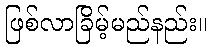
ဖြစ်လာခြိမ့်မည်နည်း။